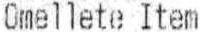
OMELLETE ITEM